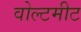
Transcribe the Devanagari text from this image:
वोल्टमीट